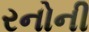
રનોની